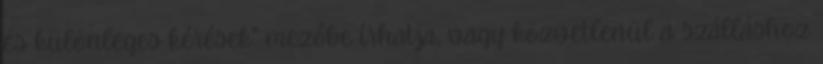
és különleges kérések" mezőbe írhatja, vagy közvetlenül a szálláshoz